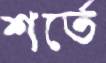
শর্তে